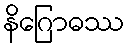
နိဂြောဓဿ